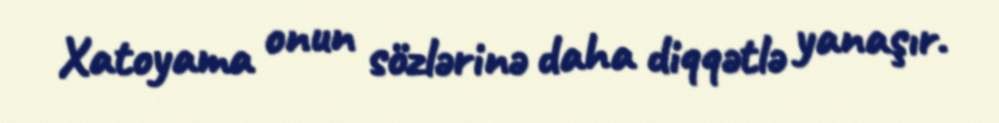
Xatoyama onun sözlərinə daha diqqətlə yanaşır.